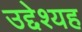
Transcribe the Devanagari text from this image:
उद्देश्यह